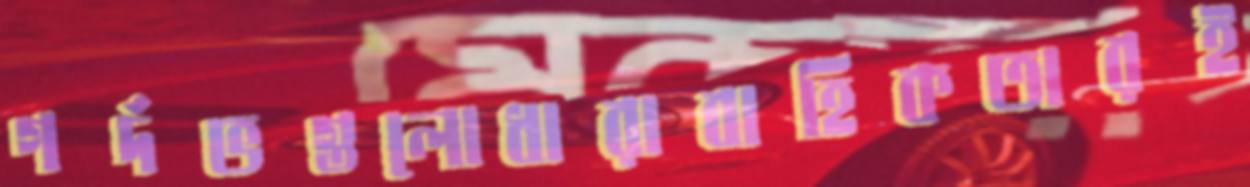
গর্দভগুলোধারাবাহিকতারই